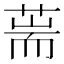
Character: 𦵓